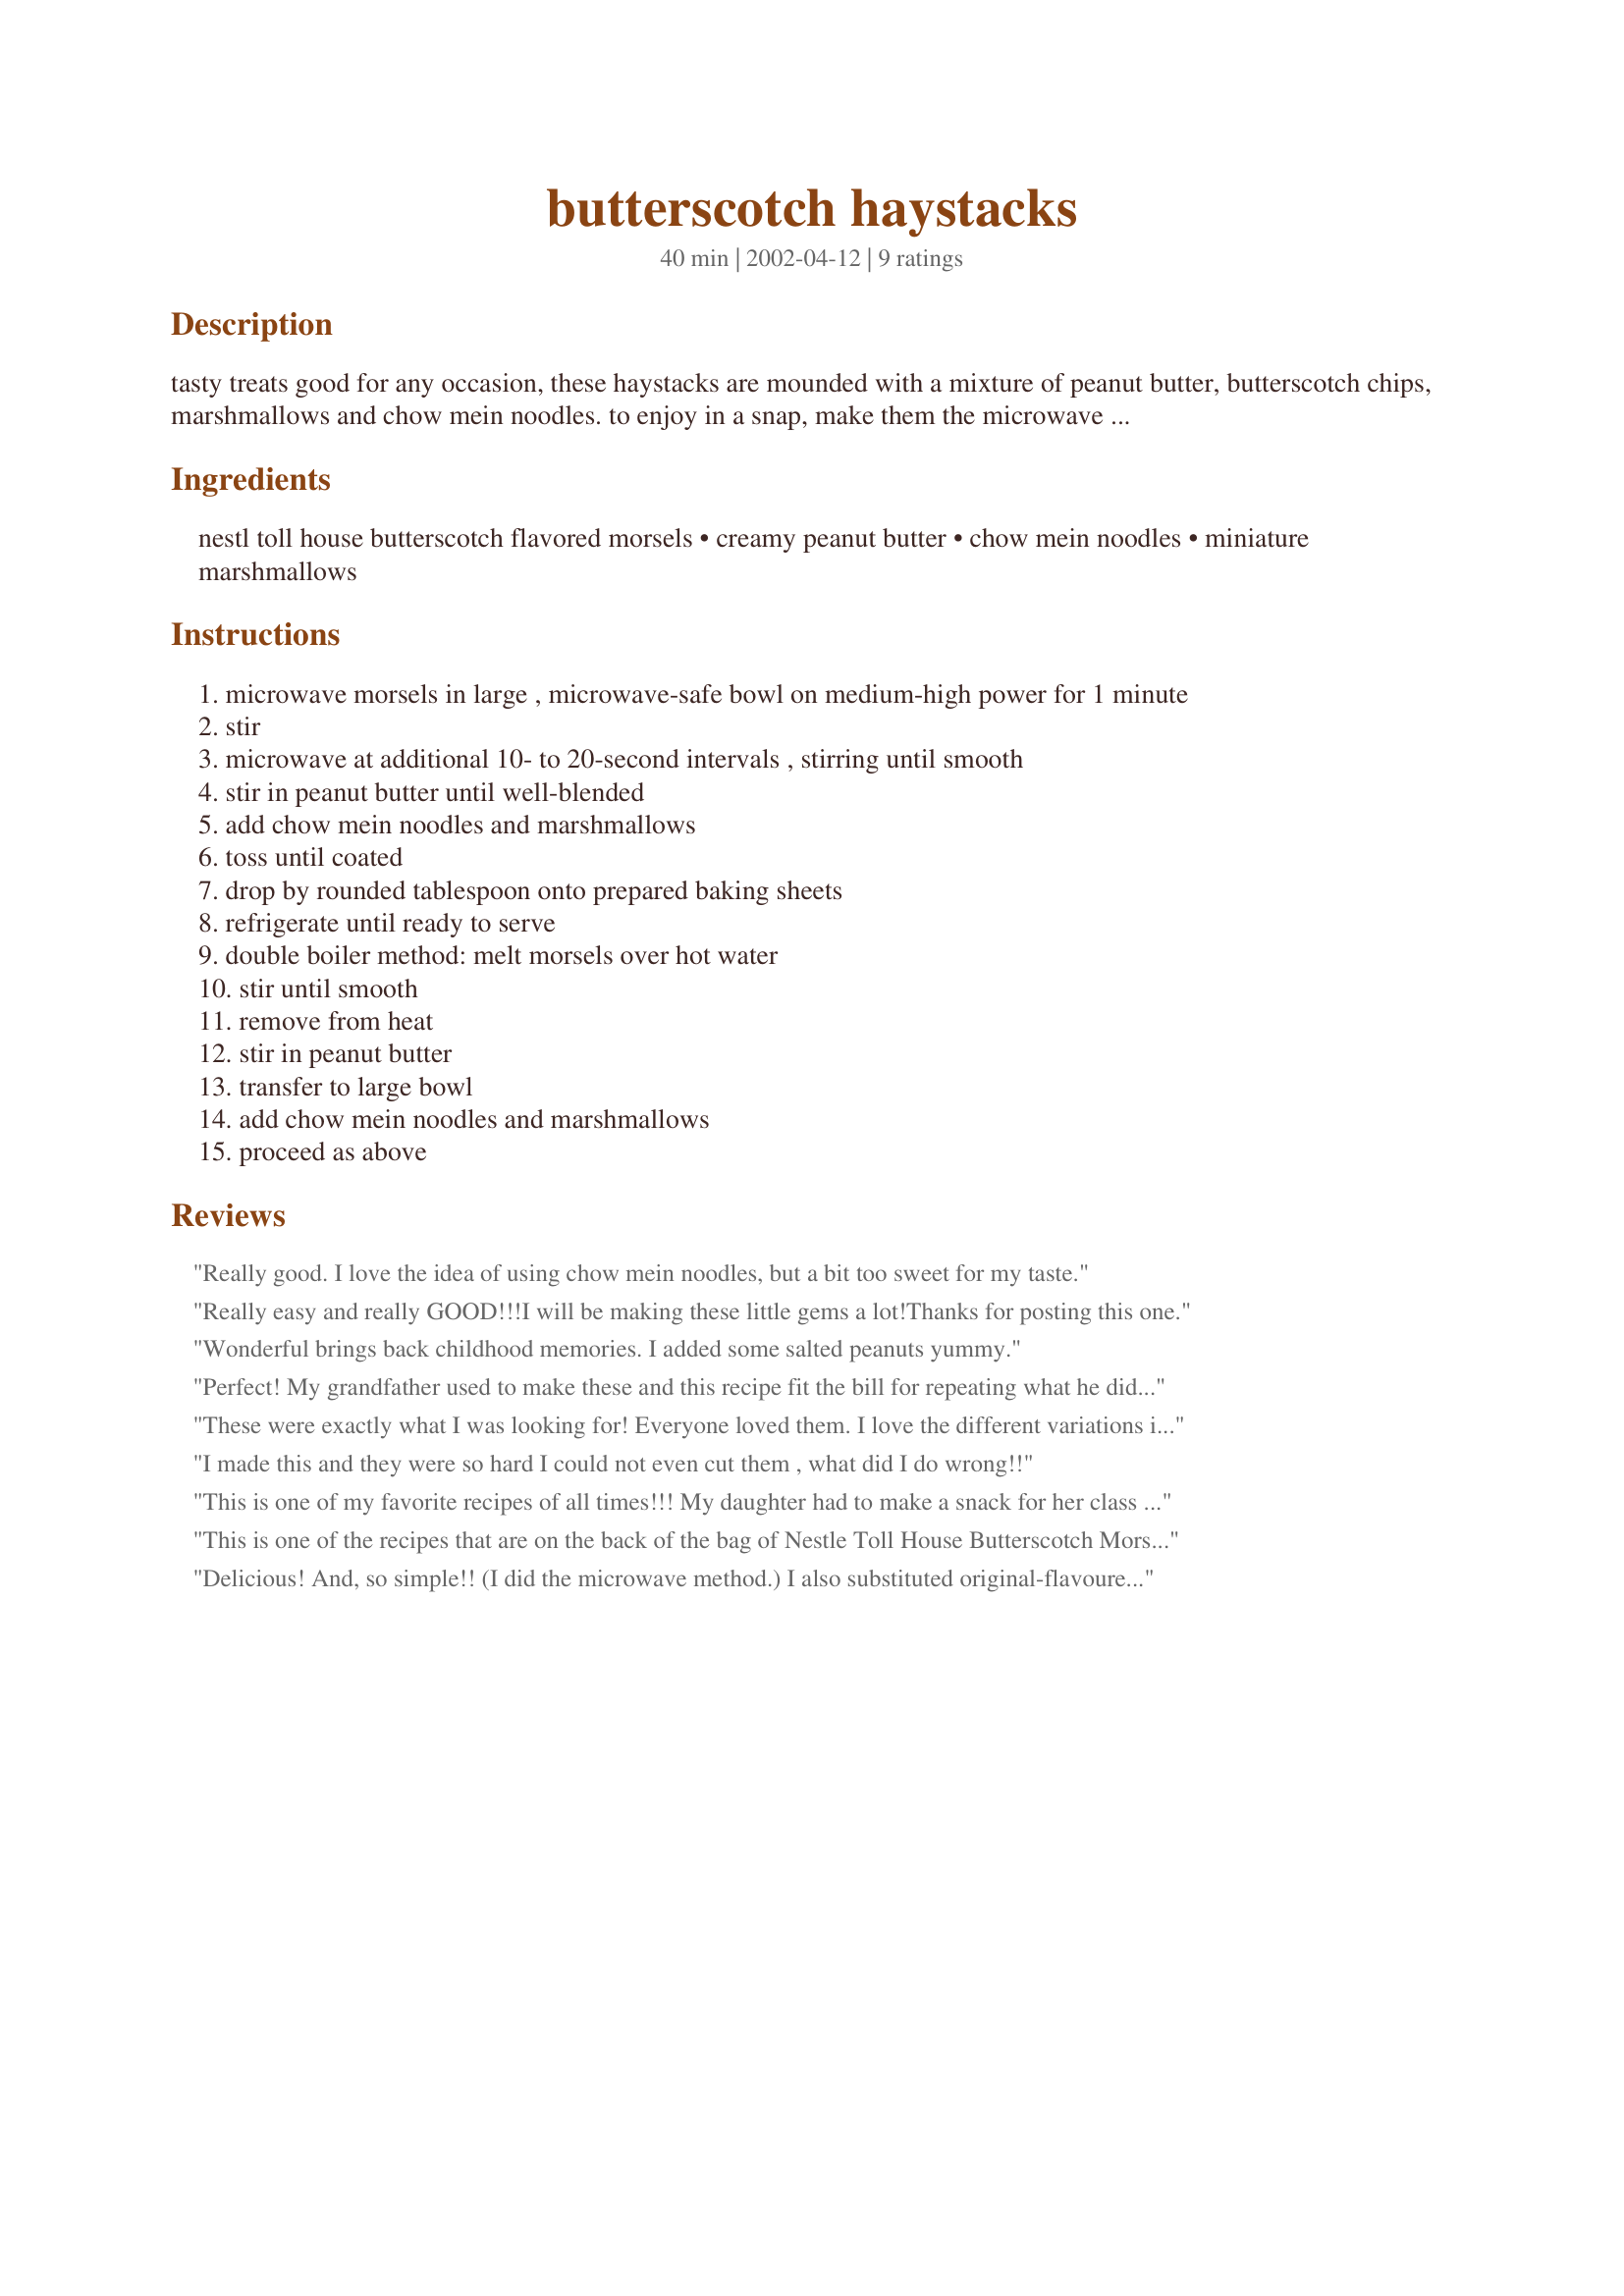
butterscotch haystacks
Preparation time: 40 minutes

tasty treats good for any occasion, these haystacks are mounded with a mixture of peanut butter, butterscotch chips, marshmallows and chow mein noodles. to enjoy in a snap, make them the microwave way.

Ingredients:
nestl toll house butterscotch flavored morsels, creamy peanut butter, chow mein noodles, miniature marshmallows

Steps:
microwave morsels in large , microwave-safe bowl on medium-high power for 1 minute
stir
microwave at additional 10- to 20-second intervals , stirring until smooth
stir in peanut butter until well-blended
add chow mein noodles and marshmallows
toss until coated
drop by rounded tablespoon onto prepared baking sheets
refrigerate until ready to serve
double boiler method: melt morsels over hot water
stir until smooth
remove from heat
stir in peanut butter
transfer to large bowl
add chow mein noodles and marshmallows
proceed as above

Reviews:
Really good. I love the idea of using chow mein noodles, but a bit too sweet for my taste.
Really easy and really GOOD!!!I will be making these little gems a lot!Thanks for posting this one.
Wonderful brings back childhood memories. I added some salted peanuts yummy.
Perfect! My grandfather used to make these and this recipe fit the bill for repeating what he did. I was able to &quot;stretch&quot; the recipe by using 1 and 1/4 cups chow mein noodles with the 3/4 c peanut butter and 11 oz bag of chips. I also skipped the marshmellows. Thank you for posting this easy treat!
These were exactly what I was looking for! Everyone loved them. I love the different variations in the reviews. Next time I think i will add salted peanuts!! Thanks for posting this recipe.
I made this and they were so hard I could not even cut them , what did I do wrong!!
This is one of my favorite recipes of all times!!! My daughter had to make a snack for her class that started with the letter N, so we used this recipe and made nests, we filled them with speckled jelly beans. They look adorable!
This is one of the recipes that are on the back of the bag of Nestle Toll House Butterscotch Morsels. YUM! Doesn't get any better than this!
Delicious! And, so simple!! (I did the microwave method.) I also substituted original-flavoured potato sticks for the chow mein noodles, as suggested by Steve. As they look like little birds' nests, I think I'll try them again for Easter and put little jelly beans ("eggs") in the centre.
